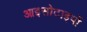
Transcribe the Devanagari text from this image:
आइसोटाइपों